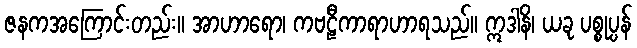
ဇနကအကြောင်းတည်း။ အာဟာရော၊ ကဗဠီကာရာဟာရသည်။ ဣဒါနိ၊ ယခု ပစ္စုပ္ပန်